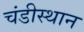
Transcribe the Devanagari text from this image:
चंडीस्थान